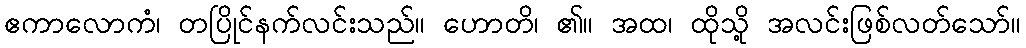
ဧကာလောကံ၊ တပြိုင်နက်လင်းသည်။ ဟောတိ၊ ၏။ အထ၊ ထိုသို့ အလင်းဖြစ်လတ်သော်။